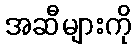
အဆီများကို